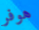
هوفر